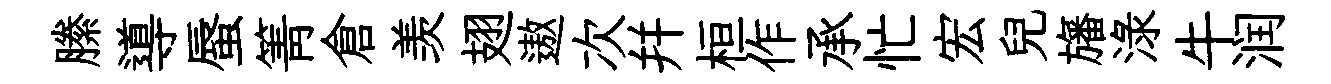
縢導蜃箐倉羡翅遨次幷桓作承忙宏兒旛渌牛润